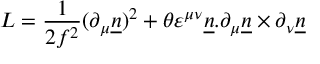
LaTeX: L = { \frac { 1 } { 2 { f } ^ { 2 } } } { ( \partial _ { \mu } { \underline { { n } } } ) } ^ { 2 } + { \theta } { { \varepsilon } ^ { \mu \nu } } { \underline { { n } } } . { \partial _ { \mu } { \underline { { n } } } } \times { \partial _ { \nu } { \underline { { n } } } }